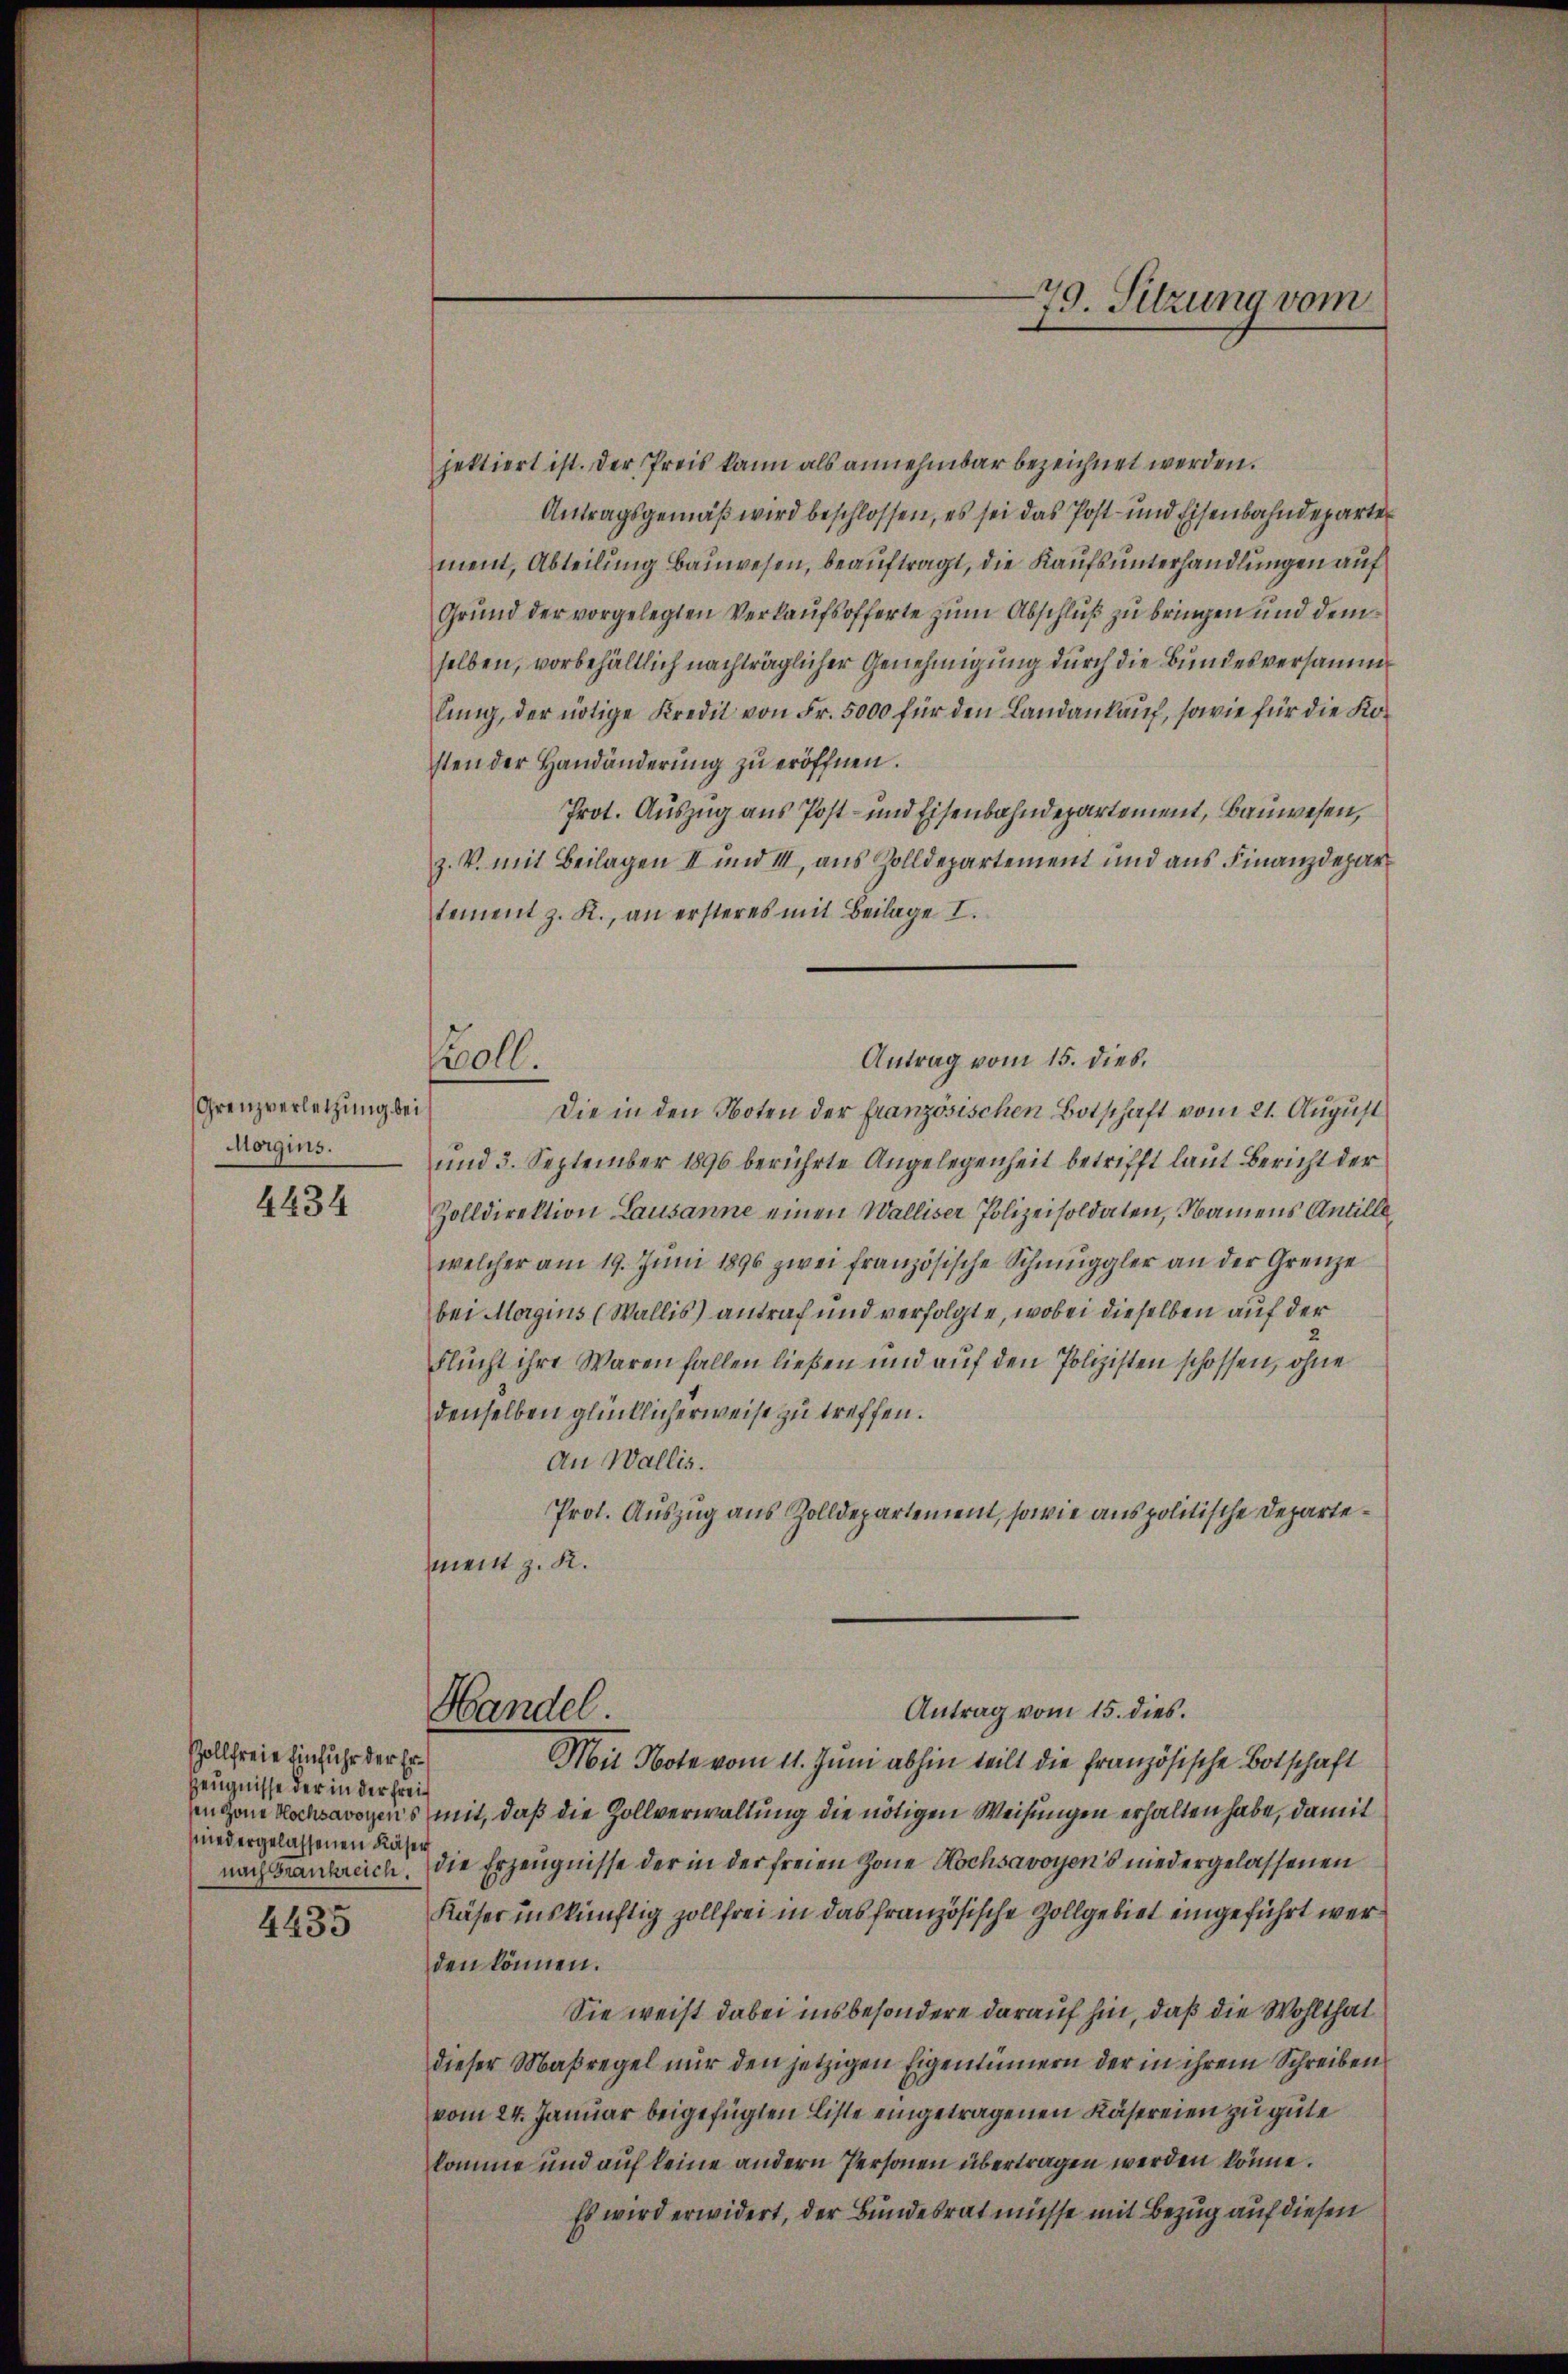
Grenzverletzung bei
Morgins.

4434

Zollfreie Einfuhr der Er¬
Zeugnisse der in der Freiniedergelassenen Käser

4435

jektiert ist. Der Preis kann als annehmbar bezeichnet werden.
Antragsgemäß wird beschlossen, es sei das Post- und Eisenbahndeparte
ment, Abteilung Bauwesen, beauftragt, die Kaufsunterhandlungen auf
Grund der vorgelegten Verkaufsofferte zum Abschluß zu bringen und demselben, vorbehältlich nachträglicher Genehmigung durch die Bundesversamme
lŭng, der nötige Kredit von Fr. 5000 für den Landankauf, sowie für die Kosten der Handänderung zu eröffnen.
Prot. Auszug aus Post- und Eisenbahndepartement, Bauwesen,
z. V. mit Beilagen II und III, aus Zolldepartement und aus Finanzdepar
tement z. R., an ersteres mit Beilage I.
Antrag vom 15. dies
Die in den Noten der französischen Botschaft vom 21. August
und 3. September 1896 berührte Angelegenheit betrifft laut Bericht der
Zolldirektion Lausanne einen Walliser Polizeisoldaten, Namens Antille
welcher am 19. Jŭni 1896 zwei französische Schmuggler an der Grenze
bei Morgins (Wallis) antraf und verfolgte, wobei dieselben auf der
Flucht ihre Waren fallen ließen und auf den Polizisten schossen, ohne
denselben glücklicherweise zu treffen.
An Wallis.
Prot. Auszug aus Zolldepartement, sowie aus politische Departement z. K.
Antrag vom 15. dies.
Handel
Mit Note vom 11. Juni abhin teilt die französische Botschaft
singen Hochsavoyens mit, daß die Zollverwaltung die nötigen Weisungen erhalten habe, damit
nachrankreich. Die Erzeugnisse der in der freien Zone Hochsavoyen’s niedergelassenen
Käser inskünftig zollfrei in das französische Zollgebiet eingeführt werden können.
Sie weist dabei insbesondere darauf hin, daß die Wohlthat
dieser Maßregel nur den jetzigen Eigentümern der in ihrem Schreiben
vom 24. Januar beigefügten Liste eingetragenen Käsereien zu gute
komme und auf keine andern Personen übertragen werden könne.
Es wird erwidert, der Bundesrat müsse mit Bezug auf diesen

oll.

79. Sitzung vom